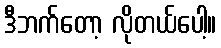
ဒီဘက်တော့ လိုတယ်ပေါ့။